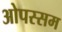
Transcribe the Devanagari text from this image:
ओपस्सम